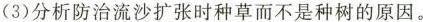
(3)分析防治流沙扩张时种草而不是种树的原因。的原因。